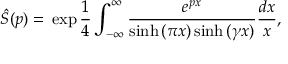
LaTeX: \hat { S } ( p ) = \, \exp \frac { 1 } { 4 } \int _ { - \infty } ^ { \infty } \frac { e ^ { p x } } { \sinh { ( \pi x ) } \sinh { ( \gamma x ) } } \frac { d x } { x } ,